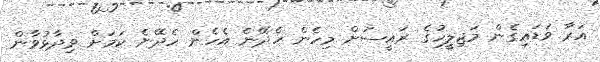
އަރާ ވަޑައިގެން މަޖިލީހުގެ ރައީސަށް މިހެން ހެދޭނެ އެހެން ހެދޭނެ ކަމަށް ވިދާޅުވާން